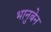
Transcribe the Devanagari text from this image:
भानुबेन